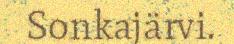
Sonkajärvi.